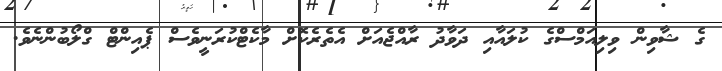
ގެ ޝާވިން ވިލިއަމްސްގެ ކުލައާއި ދަވާދު ރާއްޖެއަށް އެތެރެކޮށް މާކެޓްކުރަނީވެސް ޕެއިންޓް ގްލޯބުންނެވެ.